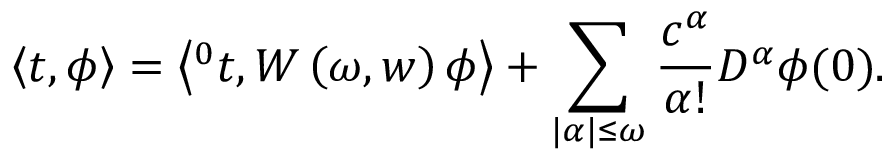
\left\langle t , \phi \right\rangle = \left\langle { ^ 0 t } , W \left( \omega , w \right) \phi \right\rangle + \sum _ { | \alpha | \leq \omega } \frac { c ^ { \alpha } } { \alpha ! } D ^ { \alpha } \phi ( 0 ) .